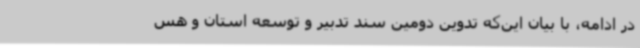
در ادامه، با بیان این‌که تدوین دومین سند تدبیر و توسعه استان و هس